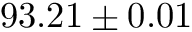
9 3 . 2 1 \pm 0 . 0 1